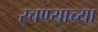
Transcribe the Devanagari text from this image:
रचण्याच्या